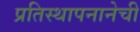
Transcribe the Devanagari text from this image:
प्रतिस्थापनानेची